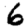
Digit: 6